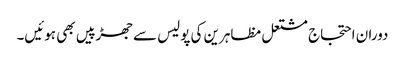
دوران احتجاج مشتعل مظاہرین کی پولیس سے جھڑپیں بھی ہوئیں۔